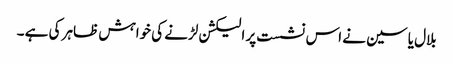
بلال یاسین نے اس نشست پر الیکشن لڑنے کی خواہش ظاہر کی ہے ۔